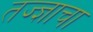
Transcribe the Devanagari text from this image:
तज्‍ज्ञाचा